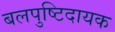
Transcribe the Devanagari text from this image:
बलपुष्टिदायक